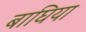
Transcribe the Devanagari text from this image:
बाघिया